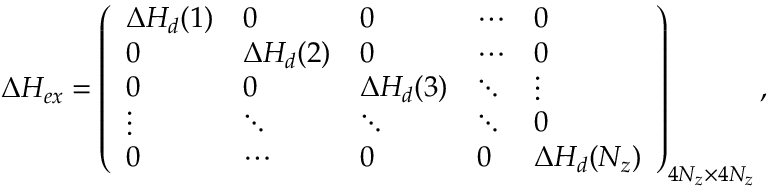
\begin{array} { r } { \Delta { \cal H } _ { e x } = \left( \begin{array} { l l l l l } { \Delta { \cal H } _ { d } ( 1 ) } & { 0 } & { 0 } & { \cdots } & { 0 } \\ { 0 } & { \Delta { \cal H } _ { d } ( 2 ) } & { 0 } & { \cdots } & { 0 } \\ { 0 } & { 0 } & { \Delta { \cal H } _ { d } ( 3 ) } & { \ddots } & { \vdots } \\ { \vdots } & { \ddots } & { \ddots } & { \ddots } & { 0 } \\ { 0 } & { \cdots } & { 0 } & { 0 } & { \Delta { \cal H } _ { d } ( N _ { z } ) } \end{array} \right) _ { 4 N _ { z } \times 4 N _ { z } } , } \end{array}